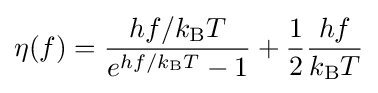
\eta (f)={\frac {hf/k_{\text{B}}T}{e^{hf/k_{\text{B}}T}-1}}+{\frac {1}{2}}{\frac {hf}{k_{\text{B}}T}}